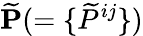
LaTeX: \widetilde{\mathbf{P}}(=\{ {\widetilde{P}^{ij}}\} )